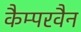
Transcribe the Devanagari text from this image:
कैम्परवैन